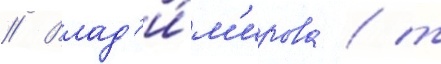
// Влад'и́м'ирова / т